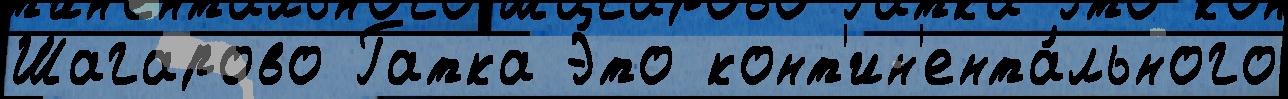
Шагарово Гатка Э́то конт'ин'ента́льного